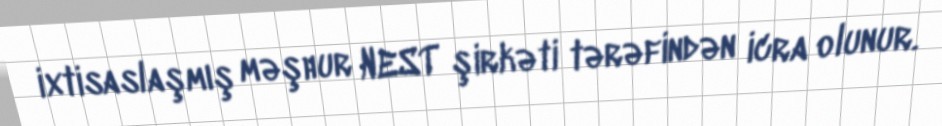
ixtisaslaşmış məşhur NEST şirkəti tərəfindən icra olunur.